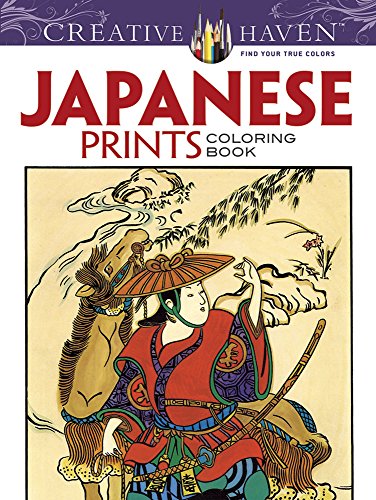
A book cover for Creative Haven Japanese Prints Coloring Book (Creative Haven Coloring Books); Ed Sibbett Jr.; Arts & Photography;